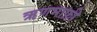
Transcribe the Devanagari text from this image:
ऋणमाफ़ी